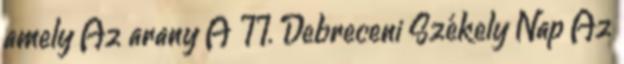
amely Az arany A II. Debreceni Székely Nap Az